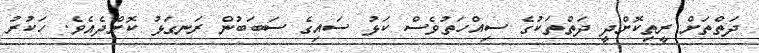
ދަތްތަށް ރީތިކޮށްދީ ދަތްތަކުގެ ސިއްހަތުވެސް ކަޅު ސައިގެ ސަބަބުން ރަނގަޅު ކޮށްދެއެވެ. ހަކުރު